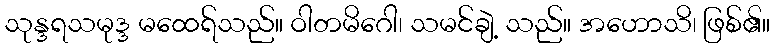
သုန္ဒရသမုဒ္ဒ မထေရ်သည်။ ဝါတမိဂေါ၊ သမင်ချဲ့ သည်။ အဟောသိ၊ ဖြစ်၏။